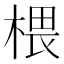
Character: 椳